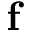
{ \bf f }